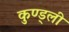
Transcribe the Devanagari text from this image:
कुण्ड्ली